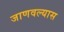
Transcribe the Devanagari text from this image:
जाणवल्यास